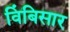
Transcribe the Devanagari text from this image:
विंबिसार